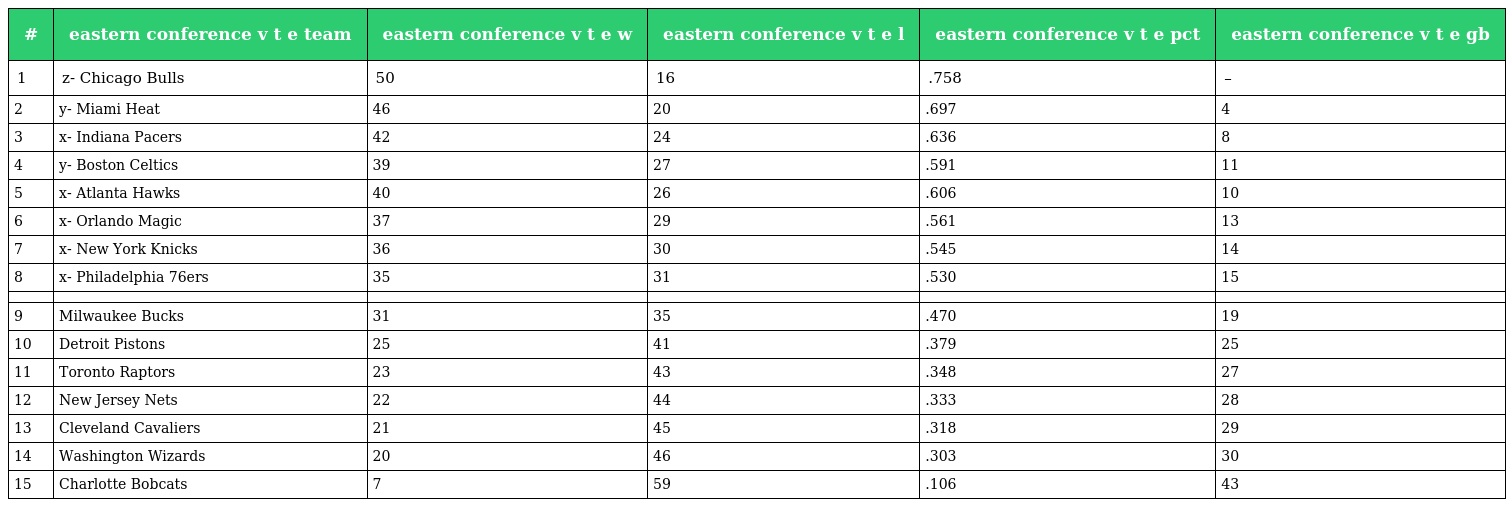
| # | eastern conference v t e team | eastern conference v t e w | eastern conference v t e l | eastern conference v t e pct | eastern conference v t e gb |
 | --- | --- | --- | --- | --- | --- |
 | 1 | z- Chicago Bulls | 50 | 16 | .758 | – |
 | 2 | y- Miami Heat | 46 | 20 | .697 | 4 |
 | 3 | x- Indiana Pacers | 42 | 24 | .636 | 8 |
 | 4 | y- Boston Celtics | 39 | 27 | .591 | 11 |
 | 5 | x- Atlanta Hawks | 40 | 26 | .606 | 10 |
 | 6 | x- Orlando Magic | 37 | 29 | .561 | 13 |
 | 7 | x- New York Knicks | 36 | 30 | .545 | 14 |
 | 8 | x- Philadelphia 76ers | 35 | 31 | .530 | 15 |
 |  |  |  |  |  |  |
 | 9 | Milwaukee Bucks | 31 | 35 | .470 | 19 |
 | 10 | Detroit Pistons | 25 | 41 | .379 | 25 |
 | 11 | Toronto Raptors | 23 | 43 | .348 | 27 |
 | 12 | New Jersey Nets | 22 | 44 | .333 | 28 |
 | 13 | Cleveland Cavaliers | 21 | 45 | .318 | 29 |
 | 14 | Washington Wizards | 20 | 46 | .303 | 30 |
 | 15 | Charlotte Bobcats | 7 | 59 | .106 | 43 |